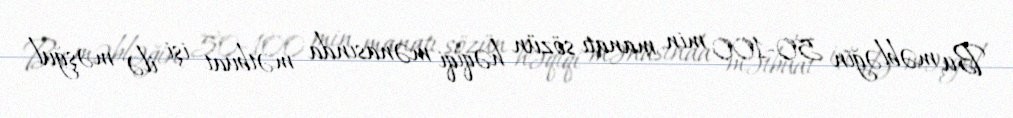
Bu məbləğin 50-100 min manatı sözün həqiqi mənasında mətbuat işi ilə məşğul